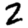
Digit: 2